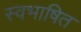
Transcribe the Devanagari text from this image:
स्वभाषित